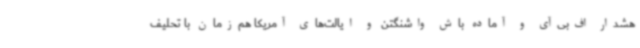
هشدار اف‌بی‌آی و آماده باش واشنگتن و ایالت‌های آمریکا هم‌زمان با تحلیف